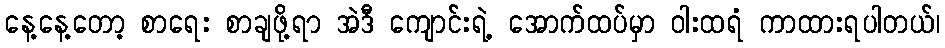
နေ့နေ့တော့ စာရေး စာချဖို့ရာ အဲဒီ ကျောင်းရဲ့ အောက်ထပ်မှာ ဝါးထရံ ကာထားရပါတယ်၊